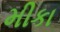
મીકા